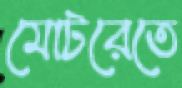
মোটরেতে